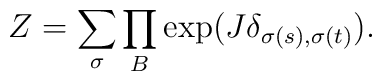
Z=\sum_\sigma\prod_B\exp(J\delta_{\sigma(s),\sigma(t)}).